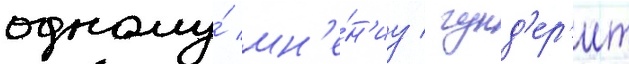
одному́ мн'е́н'иу / гунд'ер'ит